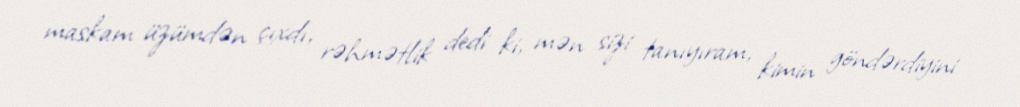
maskam üzümdən çıxdı, rəhmətlik dedi ki, mən sizi tanıyıram, kimin göndərdiyini